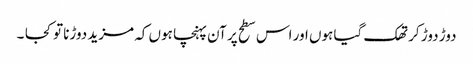
دوڑ دوڑ کر تھک گیا ہوں اور اس سطح پر آن پہنچا ہوں کہ مزید دوڑنا تو کجا ۔